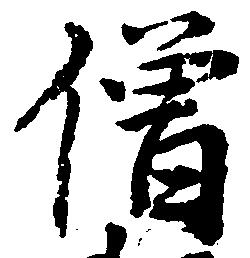
僧